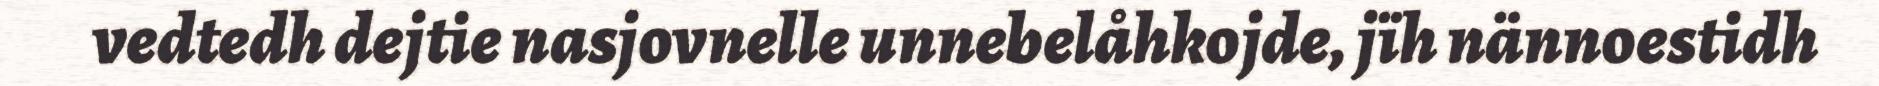
vedtedh dejtie nasjovnelle unnebelåhkojde, jïh nännoestidh